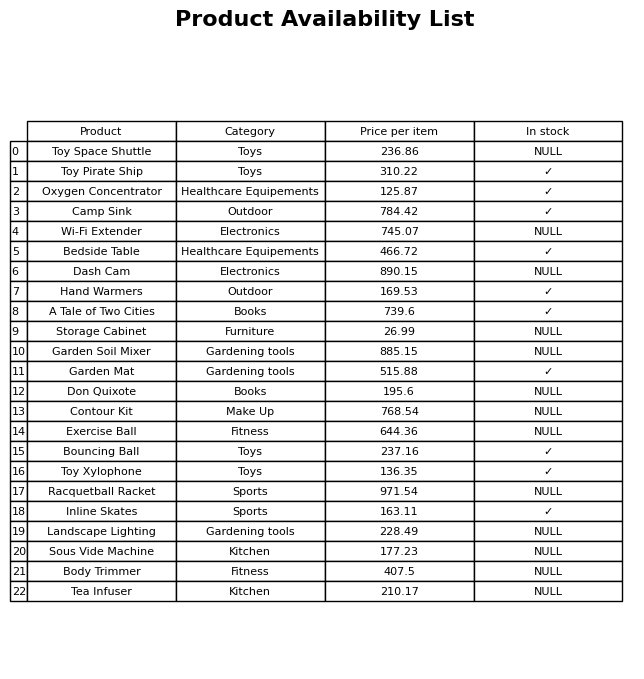
question: Which products are available in stock?
answer: Toy Pirate Ship, Oxygen Concentrator, Camp Sink, Bedside Table, Hand Warmers, A Tale of Two Cities, Garden Mat, Bouncing Ball, Toy Xylophone, Inline Skates